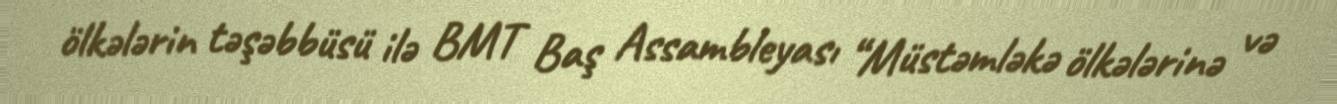
ölkələrin təşəbbüsü ilə BMT Baş Assambleyası “Müstəmləkə ölkələrinə və